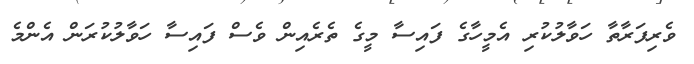
ވެރިފަރާތާ ހަވާލުކުރި އެމީހާގެ ފައިސާ މީގެ ތެރެއިން ވެސް ފައިސާ ހަވާލުކުރަން އެންމެ